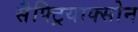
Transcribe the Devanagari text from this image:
सैफ्ट्रियाक्सोन